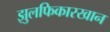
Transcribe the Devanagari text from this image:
झुलफिकारखान